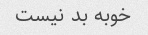
خوبه بد نیست